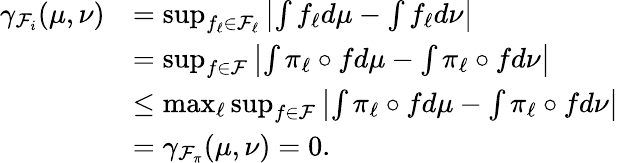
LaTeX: \begin{array}{rl}{\gamma_{\mathcal{F}_{i}}(\mu,\nu)}&{=\operatorname*{sup}_{f_{\ell}\in\mathcal{F}_{\ell}}\left|\int f_{\ell}d\mu-\int f_{\ell}d\nu\right|}\\ &{=\operatorname*{sup}_{f\in\mathcal{F}}\left|\int\pi_{\ell}\circ fd\mu-\int\pi_{\ell}\circ fd\nu\right|}\\ &{\leq\operatorname*{max}_{\ell}\operatorname*{sup}_{f\in\mathcal{F}}\left|\int\pi_{\ell}\circ fd\mu-\int\pi_{\ell}\circ fd\nu\right|}\\ &{=\gamma_{\mathcal{F}_{\pi}}(\mu,\nu)=0.}\end{array}